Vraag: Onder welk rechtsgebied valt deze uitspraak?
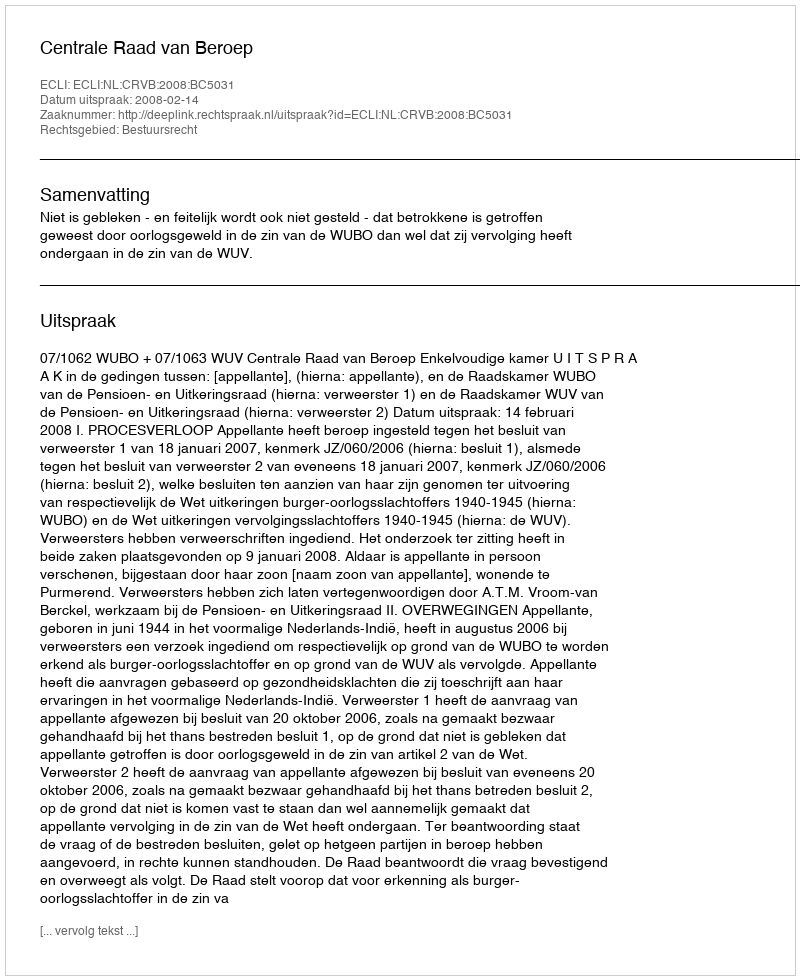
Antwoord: Bestuursrecht